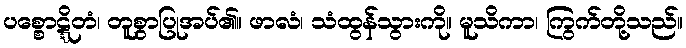
ပစ္စောဋ္ဋိတံ၊ တူစွာပြုအပ်၏။ ဖာလံ၊ သံထွန်သွားကို။ မူသိကာ၊ ကြွက်တို့သည်။